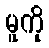
မူကို